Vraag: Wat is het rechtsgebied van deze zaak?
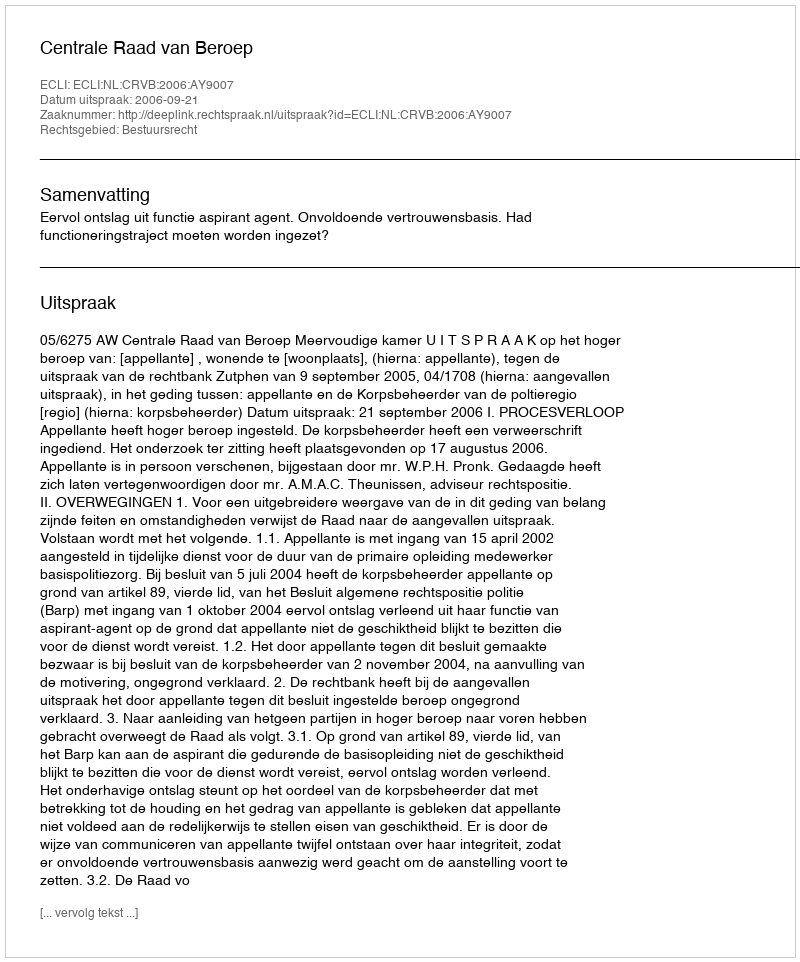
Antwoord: Bestuursrecht